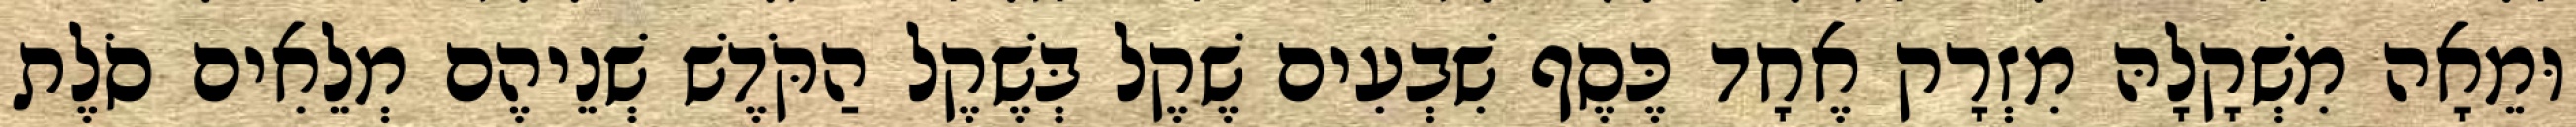
וּמֵאָה מִשְׁקָלָהּ מִזְרָק אֶחָד כֶּסֶף שִׁבְעִים שֶׁקֶל בְּשֶׁקֶל הַקֹּדֶשׁ שְׁנֵיהֶם מְלֵאִים סֹלֶת